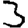
Digit: 3